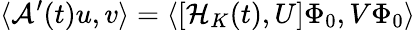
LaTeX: \langle\mathcal{A}^{\prime}(t)u,v\rangle=\langle[\mathcal{H}_{K}(t),U]\Phi_{0},V\Phi_{0}\rangle